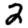
Digit: 2